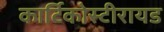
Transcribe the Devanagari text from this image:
कार्टिकोस्टीरायड